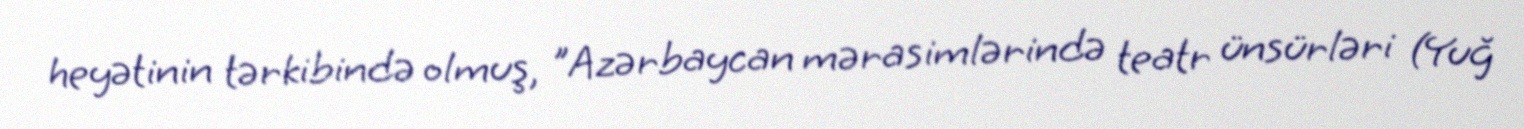
heyətinin tərkibində olmuş, "Azərbaycan mərasimlərində teatr ünsürləri (Yuğ